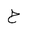
Letter: _ha